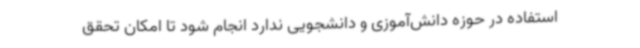
استفاده در حوزه دانش‌آموزی و دانشجویی ندارد انجام شود تا امکان تحقق